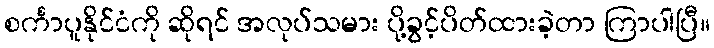
စင်္ကာပူနိုင်ငံကို ဆိုရင် အလုပ်သမား ပို့ခွင့်ပိတ်ထားခဲ့တာ ကြာပါပြီ။